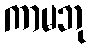
ကာမဘု